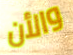
والأن